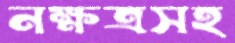
নক্ষত্রসহ